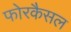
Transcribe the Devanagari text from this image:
फोरकैसल